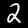
Digit: 2